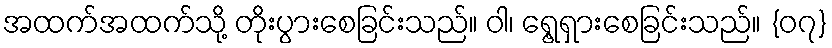
အထက်အထက်သို့ တိုးပွားစေခြင်းသည်။ ဝါ၊ ရွေ့ရှားစေခြင်းသည်။ {၀၇}